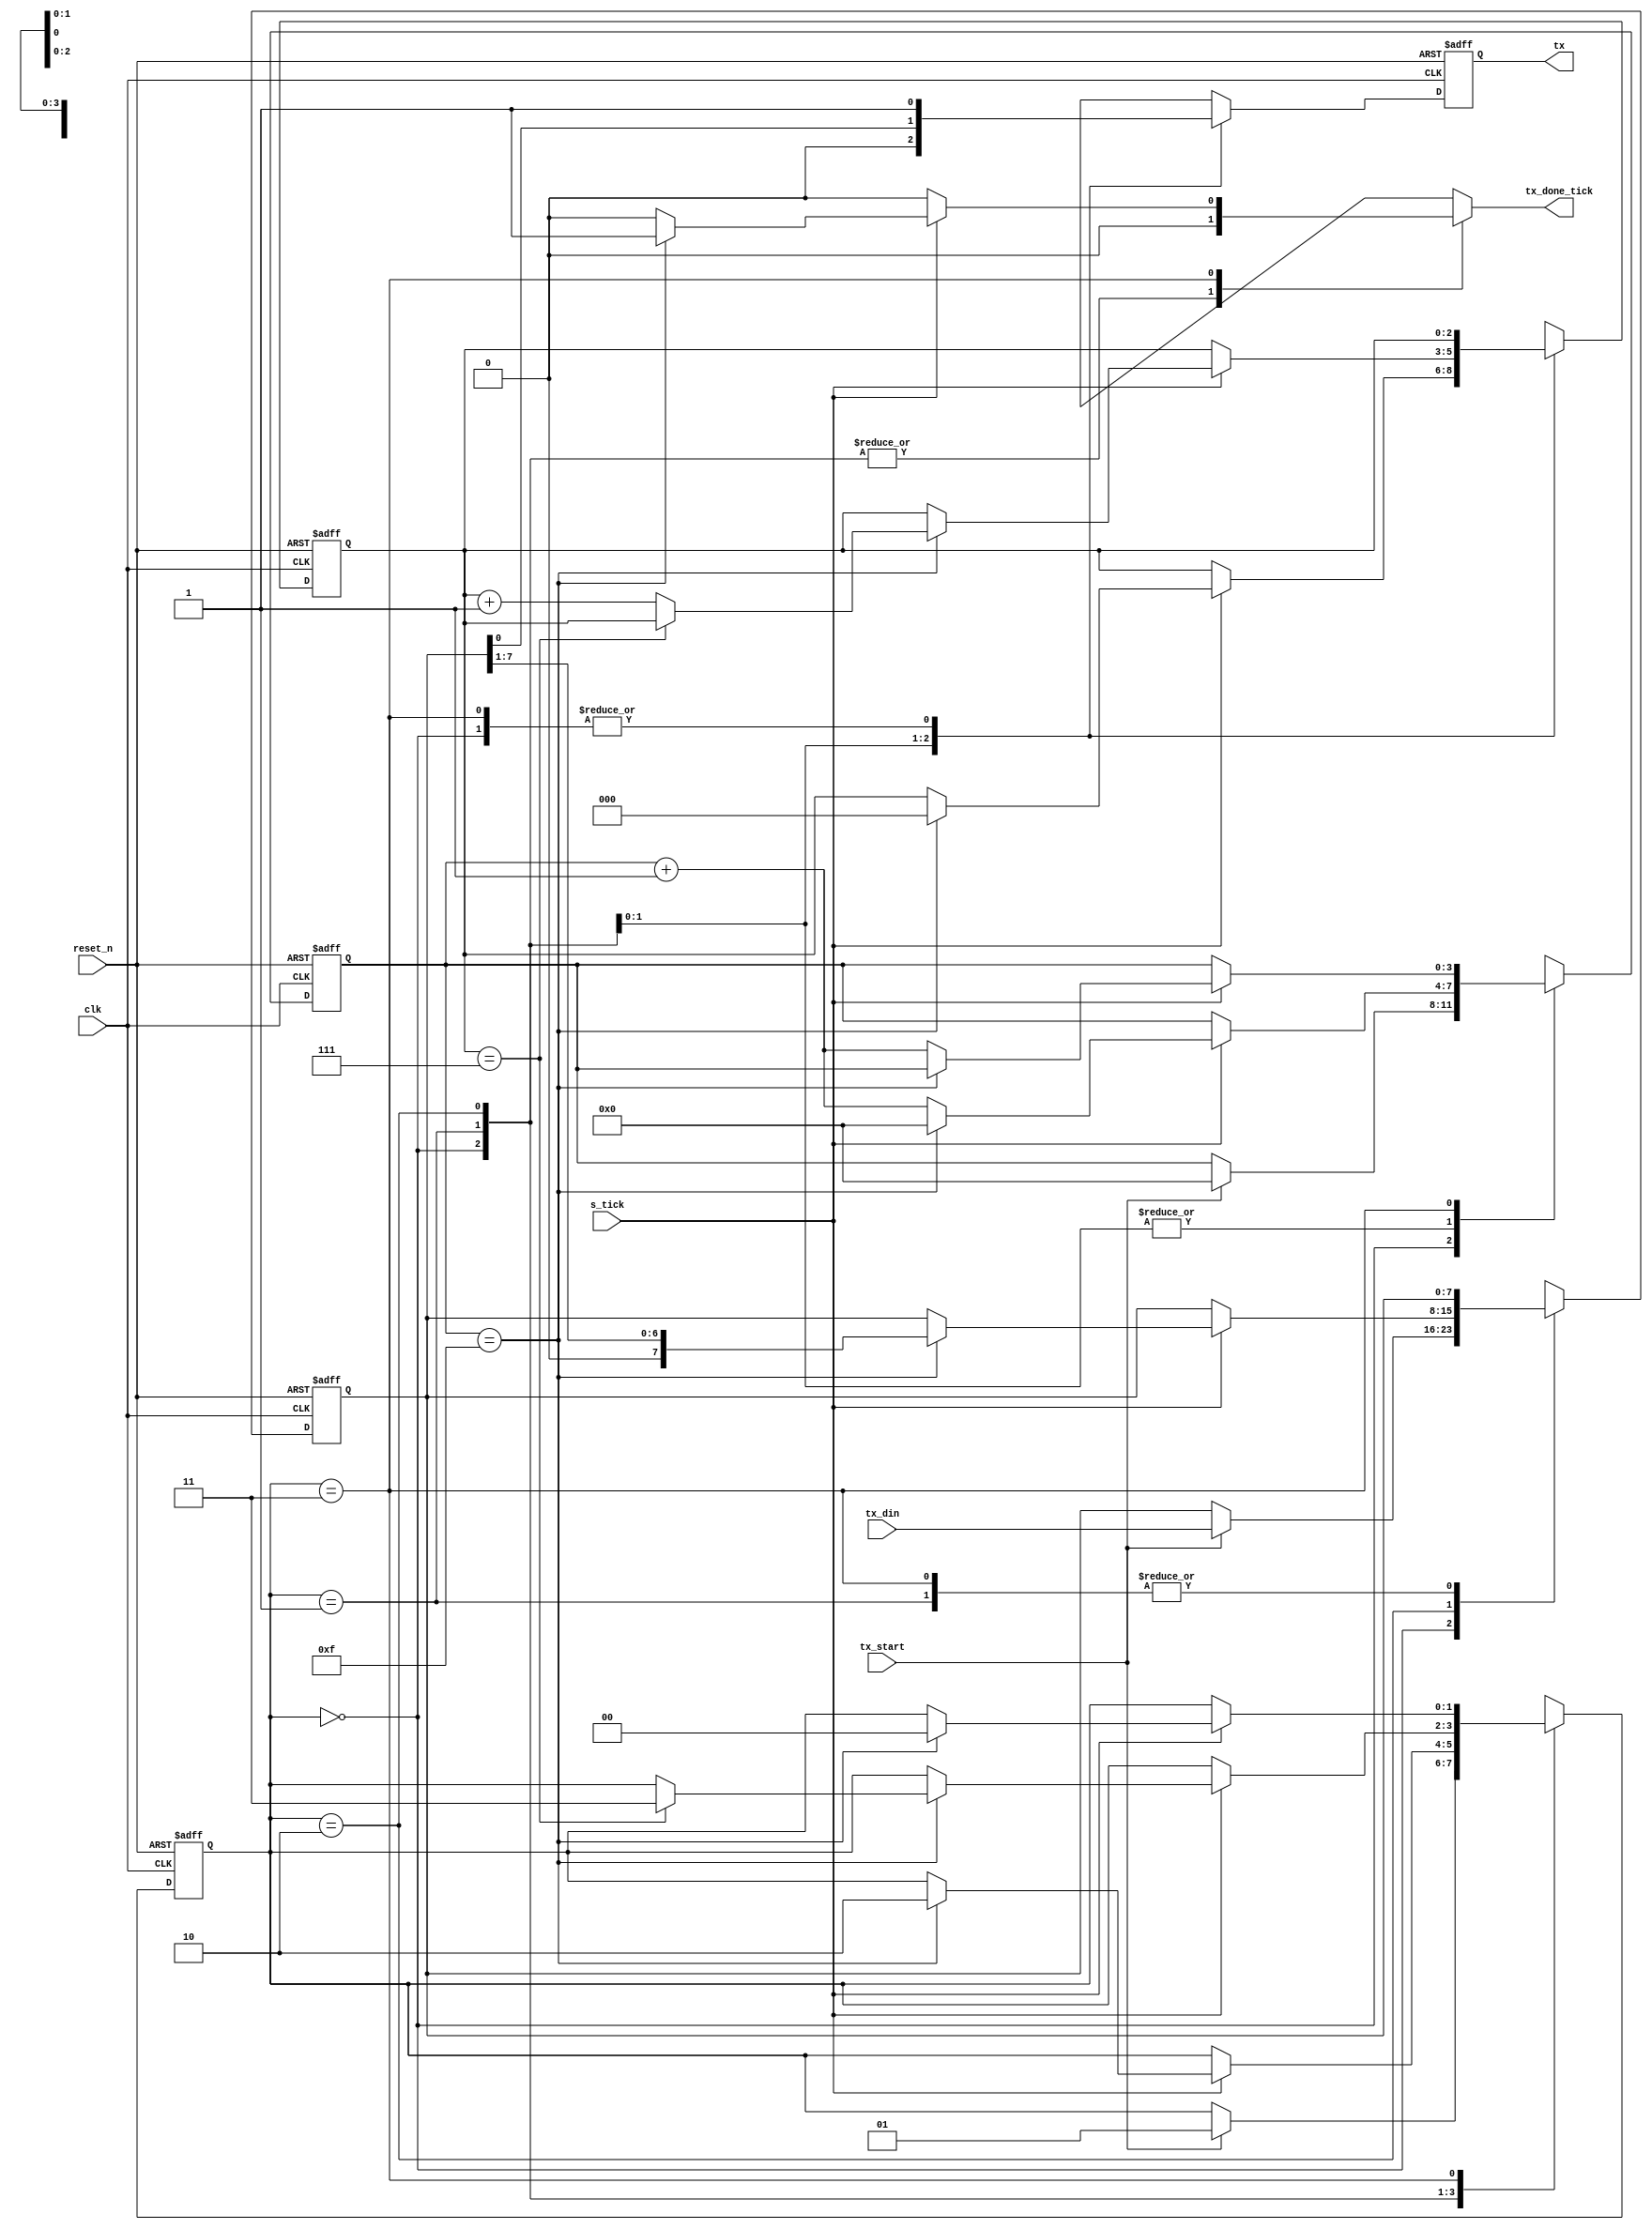
`timescale 1ns / 1ps
//////////////////////////////////////////////////////////////////////////////////
// Company: 
// Engineer: 
// 
// Design Name: 
// Module Name: transmitter
// Project Name: 
// Target Devices: 
// Tool Versions: 
// Description: 
// 
// Dependencies: 
// 
// Revision:
// Revision 0.01 - File Created
// Additional Comments:
// 
//////////////////////////////////////////////////////////////////////////////////


module transmitter
    #(parameter d_bits = 8,
                sb_tick = 16
    )
    (
        input clk, reset_n,
        input tx_start, s_tick,
        input [d_bits - 1 : 0] tx_din,
        output reg tx_done_tick,
        output tx
    );
    localparam idle = 0;
    localparam start = 1;
    localparam data = 2;
    localparam stop = 3;
    
    reg [1:0] state_reg,state_next;     //which state we are currently in
    reg [3:0] s_reg,s_next;     //number of s_ticks
    reg [$clog2(d_bits) - 1:0] n_reg, n_next;       //number of bits transmitted
    reg [d_bits - 1:0] b_reg, b_next;       //store bits to be transmitted
    reg tx_reg,tx_next;     //bit to be transmitted
    
    always@(posedge clk, negedge reset_n)
    begin
        if(~reset_n)
        begin
            state_reg <= idle;
            s_reg <= 0;
            n_reg <= 0;
            b_reg <= 0;
            tx_reg <= 1'b1;
         end
         else
         begin
            state_reg <= state_next;
            s_reg <= s_next;
            n_reg <= n_next;
            b_reg <= b_next;
            tx_reg <= tx_next;
         end
      end
      
      //next state logic
      always @(*)
      begin
            state_next = state_reg;
            s_next = s_reg;
            n_next = n_reg;
            b_next = b_reg;
            tx_done_tick = 1'b0;
            case(state_reg)
                idle:
                begin
                    tx_next = 1'b1;
                    if (tx_start)
                    begin
                        s_next = 0;
                        b_next = tx_din;
                        state_next = start;
                    end
                 end
                 start:
                 begin
                    tx_next = 1'b0;
                    if(s_tick)
                        if(s_reg == 15)
                        begin
                            s_next = 0;
                            n_next = 0;
                            state_next = data;
                        end
                        else
                            s_next = s_reg + 1;
                  end
                  data:
                  begin
                        tx_next = b_reg[0];
                        if(s_tick)
                            if(s_reg == 15)
                            begin
                                s_next = 0;
                                b_next = {1'b0, b_reg[d_bits - 1:1]};
                                if(n_reg == d_bits-1)
                                    state_next = stop;
                                else
                                    n_next = n_reg + 1;
                             end
                             else
                                s_next = s_reg + 1;
                   end
                   stop:
                   begin
                        tx_next = 1'b1;
                        if(s_tick)
                            if(s_reg == sb_tick - 1)
                            begin
                                tx_done_tick = 1'b1;
                                state_next = idle;
                            end
                            else
                                s_next = s_reg + 1;
                   end
                   default:
                        state_next = idle;
             endcase
       end
       assign tx = tx_reg;
endmodule